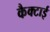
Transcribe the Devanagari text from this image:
कैक्टाई